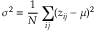
\sigma ^ { 2 } = \frac { 1 } { N } \sum _ { i j } ( z _ { i j } - \mu ) ^ { 2 }